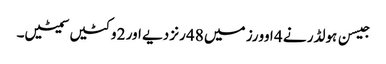
جیسن ہولڈر نے 4 اوورز میں 48 رنز دیے اور 2 وکٹیں سمیٹیں۔